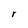
Character: r